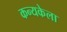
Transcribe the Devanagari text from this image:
कन्यकेला